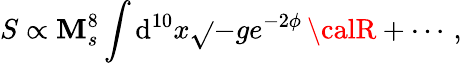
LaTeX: S\propto{\mathbf{M}_{s}^{8}}\int\mathrm{d}^{10}x\sqrt{}{{-g}}e^{-2\phi}\, {\calR}+\cdots\, ,